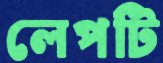
লেপটি